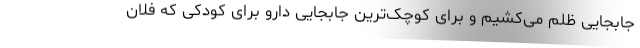
جابجایی ظلم می‌کشیم و برای کوچک‌ترین جابجایی دارو برای کودکی که فلان